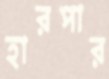
হারপার